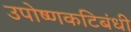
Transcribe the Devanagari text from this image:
उपोष्णकटिबंधी